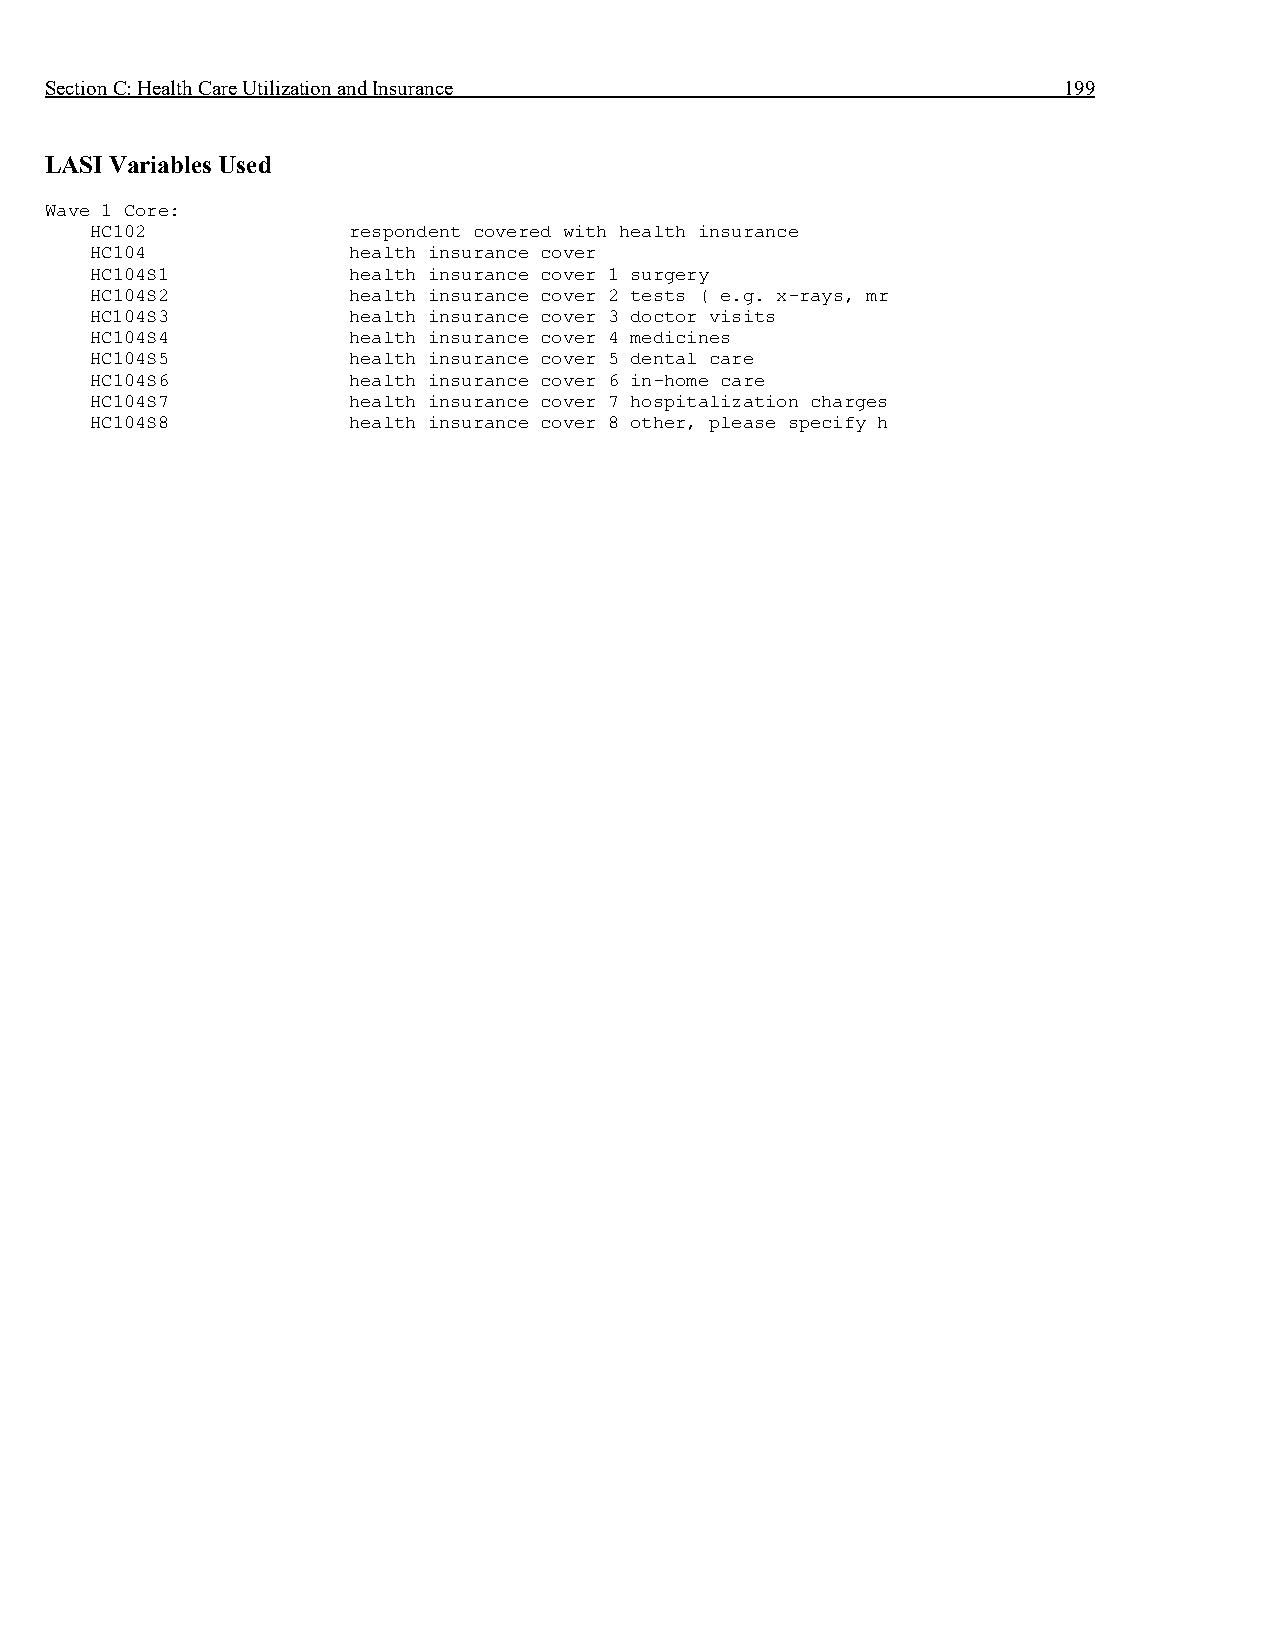
Section C: Health Care Utilization and Insurance                   199
 LASI Variables Used
 Wave 1 Core:
 HC102            respondent covered with health insurance
 HC104            health insurance cover
 HC104S1          health insurance cover 1 surgery
 HC104S2          health insurance cover 2 tests ( e.g. x-rays, mr
 HC104S3          health insurance cover 3 doctor visits
 HC104S4          health insurance cover 4 medicines
 HC104S5          health insurance cover 5 dental care
 HC104S6          health insurance cover 6 in-home care
 HC104S7          health insurance cover 7 hospitalization charges
 HC104S8          health insurance cover 8 other, please specify h